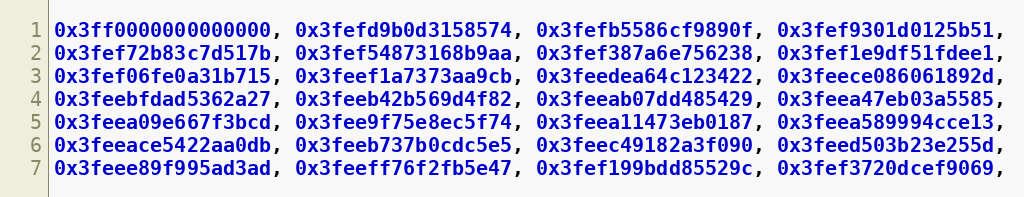
Language: C
0x3ff0000000000000, 0x3fefd9b0d3158574, 0x3fefb5586cf9890f, 0x3fef9301d0125b51,
0x3fef72b83c7d517b, 0x3fef54873168b9aa, 0x3fef387a6e756238, 0x3fef1e9df51fdee1,
0x3fef06fe0a31b715, 0x3feef1a7373aa9cb, 0x3feedea64c123422, 0x3feece086061892d,
0x3feebfdad5362a27, 0x3feeb42b569d4f82, 0x3feeab07dd485429, 0x3feea47eb03a5585,
0x3feea09e667f3bcd, 0x3fee9f75e8ec5f74, 0x3feea11473eb0187, 0x3feea589994cce13,
0x3feeace5422aa0db, 0x3feeb737b0cdc5e5, 0x3feec49182a3f090, 0x3feed503b23e255d,
0x3feee89f995ad3ad, 0x3feeff76f2fb5e47, 0x3fef199bdd85529c, 0x3fef3720dcef9069,